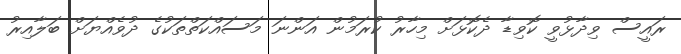
ރައީސް ވިދާޅުވީ ކޮވިޑާ ދެކޮޅަށް މިހާރު ކުރަމުން އަންނަ މަސައްކަތްތަކުގެ ދުވެއްޔަށް ބަލާއިރު